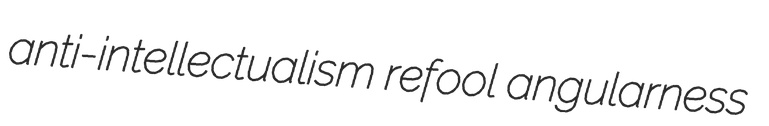
anti-intellectualism refool angularness